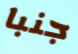
جنبا